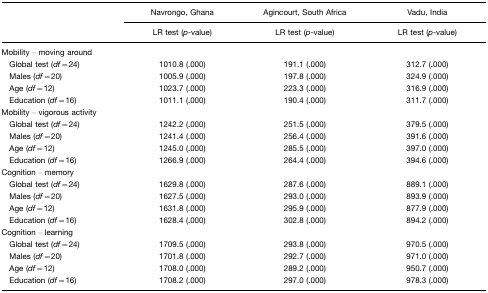
|  | Navrongo, Ghana | Agincourt, South Africa | Vadu, India |
 |  | LR test (p-value) | LR test (p-value) | LR test (p-value) |
 | --- | --- | --- | --- |
 | <COLSPAN=4> Mobility – moving around |
 | Global test (df=24) | 1010.8 (.000) | 191.1 (.000) | 312.7 (.000) |
 | Males (df=20) | 1005.9 (.000) | 197.8 (.000) | 324.9 (.000) |
 | Age (df=12) | 1023.7 (.000) | 223.3 (.000) | 316.9 (.000) |
 | Education (df=16) | 1011.1 (.000) | 190.4 (.000) | 311.7 (.000) |
 | <COLSPAN=4> Mobility – vigorous activity |
 | Global test (df=24) | 1242.2 (.000) | 251.5 (.000) | 379.5 (.000) |
 | Males (df=20) | 1241.4 (.000) | 256.4 (.000) | 391.6 (.000) |
 | Age (df=12) | 1245.0 (.000) | 285.5 (.000) | 397.0 (.000) |
 | Education (df=16) | 1266.9 (.000) | 264.4 (.000) | 394.6 (.000) |
 | <COLSPAN=4> Cognition – memory |
 | Global test (df=24) | 1629.8 (.000) | 287.6 (.000) | 889.1 (.000) |
 | Males (df=20) | 1627.5 (.000) | 293.0 (.000) | 893.9 (.000) |
 | Age (df=12) | 1631.8 (.000) | 295.9 (.000) | 877.9 (.000) |
 | Education (df=16) | 1628.4 (.000) | 302.8 (.000) | 894.2 (.000) |
 | <COLSPAN=4> Cognition – learning |
 | Global test (df=24) | 1709.5 (.000) | 293.8 (.000) | 970.5 (.000) |
 | Males (df=20) | 1701.8 (.000) | 292.7 (.000) | 971.0 (.000) |
 | Age (df=12) | 1708.0 (.000) | 289.2 (.000) | 950.7 (.000) |
 | Education (df=16) | 1708.2 (.000) | 297.0 (.000) | 978.3 (.000) |